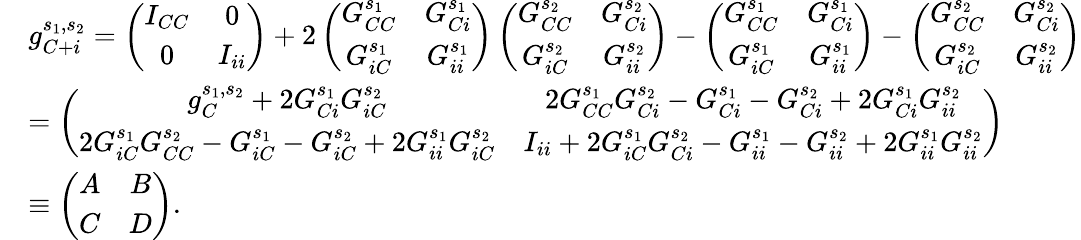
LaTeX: \begin{array}{rl}&{g_{C+i}^{s_{1},s_{2}}=\left(\begin{array}{cc}{I_{CC}}&{0}\\ {0}&{I_{ii}}\end{array}\right)+2\left(\begin{array}{cc}{G_{CC}^{s_{1}}}&{G_{Ci}^{s_{1}}}\\ {G_{iC}^{s_{1}}}&{G_{ii}^{s_{1}}}\end{array}\right)\left(\begin{array}{cc}{G_{CC}^{s_{2}}}&{G_{Ci}^{s_{2}}}\\ {G_{iC}^{s_{2}}}&{G_{ii}^{s_{2}}}\end{array}\right)-\left(\begin{array}{cc}{G_{CC}^{s_{1}}}&{G_{Ci}^{s_{1}}}\\ {G_{iC}^{s_{1}}}&{G_{ii}^{s_{1}}}\end{array}\right)-\left(\begin{array}{cc}{G_{CC}^{s_{2}}}&{G_{Ci}^{s_{2}}}\\ {G_{iC}^{s_{2}}}&{G_{ii}^{s_{2}}}\end{array}\right)}\\ &{=\left(\begin{array}{cc}{g_{C}^{s_{1},s_{2}}+2G_{Ci}^{s_{1}}G_{iC}^{s_{2}}}&{2G_{CC}^{s_{1}}G_{Ci}^{s_{2}}-G_{Ci}^{s_{1}}-G_{Ci}^{s_{2}}+2G_{Ci}^{s_{1}}G_{ii}^{s_{2}}}\\ {2G_{iC}^{s_{1}}G_{CC}^{s_{2}}-G_{iC}^{s_{1}}-G_{iC}^{s_{2}}+2G_{ii}^{s_{1}}G_{iC}^{s_{2}}}&{I_{ii}+2G_{iC}^{s_{1}}G_{Ci}^{s_{2}}-G_{ii}^{s_{1}}-G_{ii}^{s_{2}}+2G_{ii}^{s_{1}}G_{ii}^{s_{2}}}\end{array}\right)}\\ &{\equiv\left(\begin{array}{cc}{A}&{B}\\ {C}&{D}\end{array}\right).}\end{array}